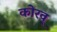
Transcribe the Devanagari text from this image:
कोरव्